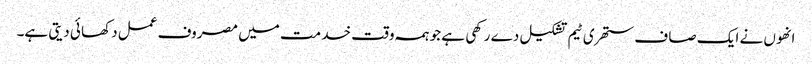
انھو ں نے ایک صا ف ستھر ی ٹیم تشکیل دے رکھی ہے جو ہمہ وقت خد مت میں مصروف عمل دکھا ئی دیتی ہے۔